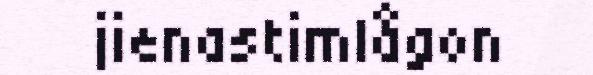
jienastimlågon